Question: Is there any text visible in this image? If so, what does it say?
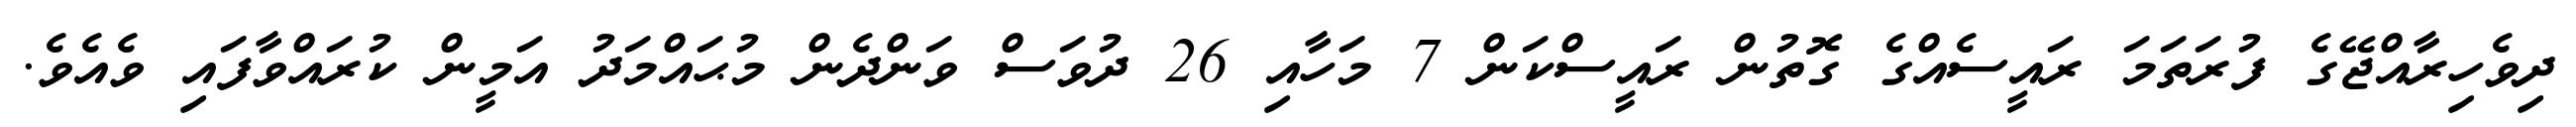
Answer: ދިވެހިރާއްޖޭގެ ފުރަތަމަ ރައީސެއްގެ ގޮތުން ރައީސްކަން 7 މަހާއި 26 ދުވަސް ވަންދެން މުޙައްމަދު އަމީން ކުރައްވާފައި ވެއެވެ.